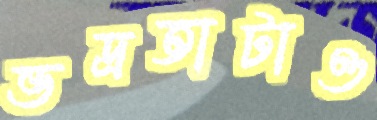
ভদ্রতাটাও